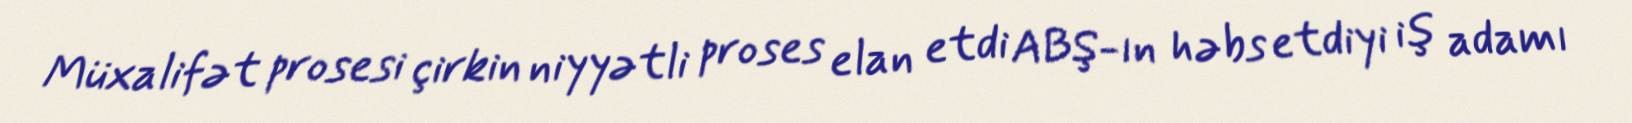
Müxalifət prosesi çirkin niyyətli proses elan etdi ABŞ-ın həbs etdiyi iş adamı